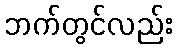
ဘက်တွင်လည်း